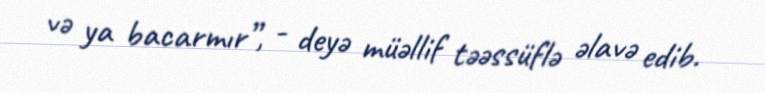
və ya bacarmır”, - deyə müəllif təəssüflə əlavə edib.